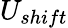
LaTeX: U_{shift}